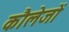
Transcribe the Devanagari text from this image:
कौलेजों